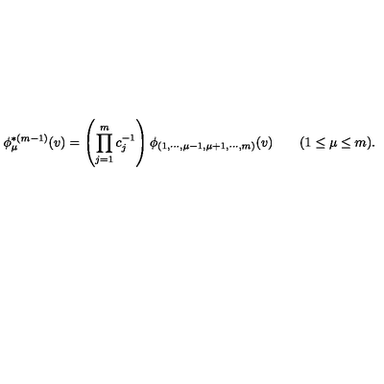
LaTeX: \phi _ { \mu } ^ { * ( m - 1 ) } ( v ) = \left( \prod _ { j = 1 } ^ { m } c _ { j } ^ { - 1 } \right) \phi _ { ( 1 , \cdots , \mu - 1 , \mu + 1 , \cdots , m ) } ( v ) \qquad ( 1 \le \mu \le m ) .